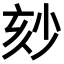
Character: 𡭹